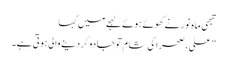
تبھی ماہ نور نے کھوئے ہوئے لہجے میں کہا
” علی، صحرا کی شام تو جادو کر دینے والی ہوتی ہے۔